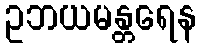
ဥဘယမန္တရေန